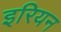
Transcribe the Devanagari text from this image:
इरियन